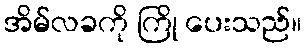
အိမ်လခကို ကြို ပေးသည်။